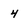
Character: 4